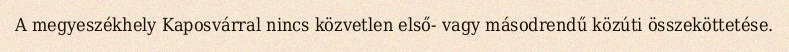
A megyeszékhely Kaposvárral nincs közvetlen első- vagy másodrendű közúti összeköttetése.